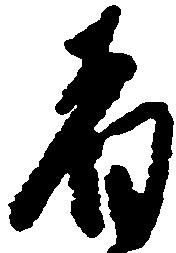
者